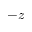
- z